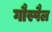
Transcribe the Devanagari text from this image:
गौस्पैल